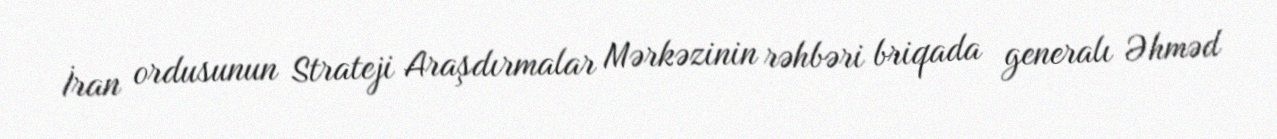
İran ordusunun Strateji Araşdırmalar Mərkəzinin rəhbəri briqada generalı Əhməd